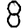
Digit: 8